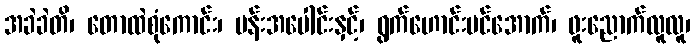
အခဲခဲတိ၊ တောထဲစုံကောင်း၊ ပန်းအပေါင်းနှင့်၊ ရွက်ဟောင်းပင်အောက်၊ ဖူးညောက်လူလူ၊